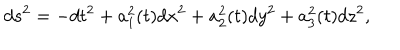
d s ^ { 2 } = - d t ^ { 2 } + a _ { 1 } ^ { 2 } ( t ) d x ^ { 2 } + a _ { 2 } ^ { 2 } ( t ) d y ^ { 2 } + a _ { 3 } ^ { 2 } ( t ) d z ^ { 2 } ,